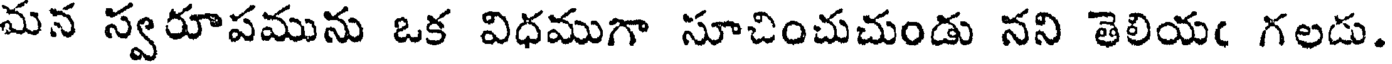
మన స్వరూపమును ఒక విధముగా సూచించుచుండు నని తెలియఁ గలడు.